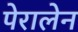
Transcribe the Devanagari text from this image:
पेरालेन